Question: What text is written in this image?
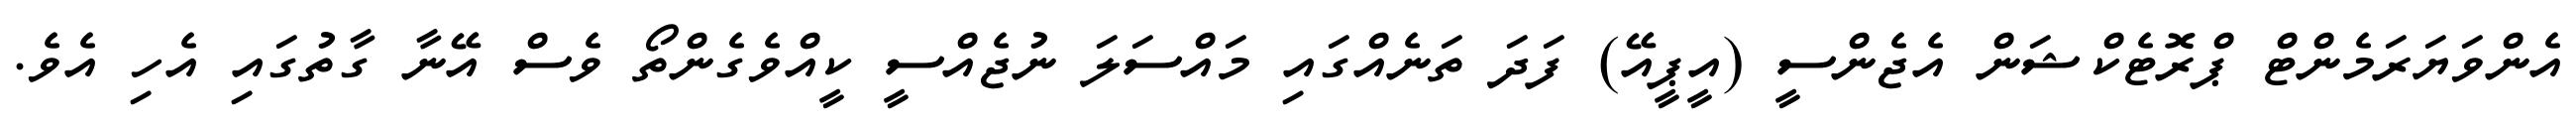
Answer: އެންވަޔަރަމެންޓް ޕްރޮޓެކްޝަން އެޖެންސީ (އީޕީއޭ) ފަދަ ތަނެއްގައި މައްސަލަ ނުޖެއްސީ ކީއްވެގެންތޯ ވެސް އޭނާ ގާތުގައި އެހި އެވެ.